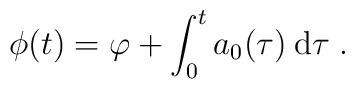
\phi(t) = \varphi + \int_0^t a_0(\tau) \: \mathrm{d}\tau \; .